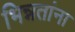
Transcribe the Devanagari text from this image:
भिन्नतांना